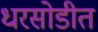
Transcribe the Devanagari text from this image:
धरसोडीत